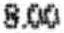
8.00